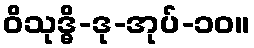
ဝိသုဒ္ဓိ-ဒု-အုပ်-၁၀။